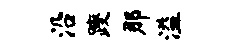
沿躞那溢